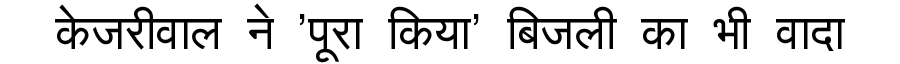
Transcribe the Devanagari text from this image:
केजरीवाल ने 'पूरा किया' बिजली का भी वादा